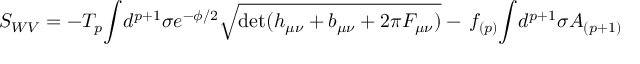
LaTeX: S _ { W V } = - T _ { p } { \int } d ^ { p + 1 } \sigma e ^ { - { \phi } / 2 } \sqrt { \operatorname * { d e t } ( h _ { \mu \nu } + b _ { \mu \nu } + 2 \pi F _ { \mu \nu } ) } - \nonumber \, f _ { ( p ) } { \int } d ^ { p + 1 } \sigma A _ { ( p + 1 ) }